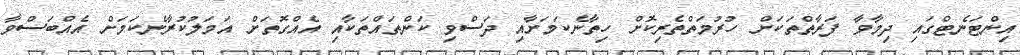
އިންޓަނެޓްގައި ދިމާވާ ފަރާތްތަކަށް ހުރުމަތްތެރިކޮށް ހިތާނެކަމަށާއި ދަސްވި ކަންތައްތަކާއި އެއްގޮތަށް އަމަލުކުރާނެކަމަށް އެއްބަސްވާ